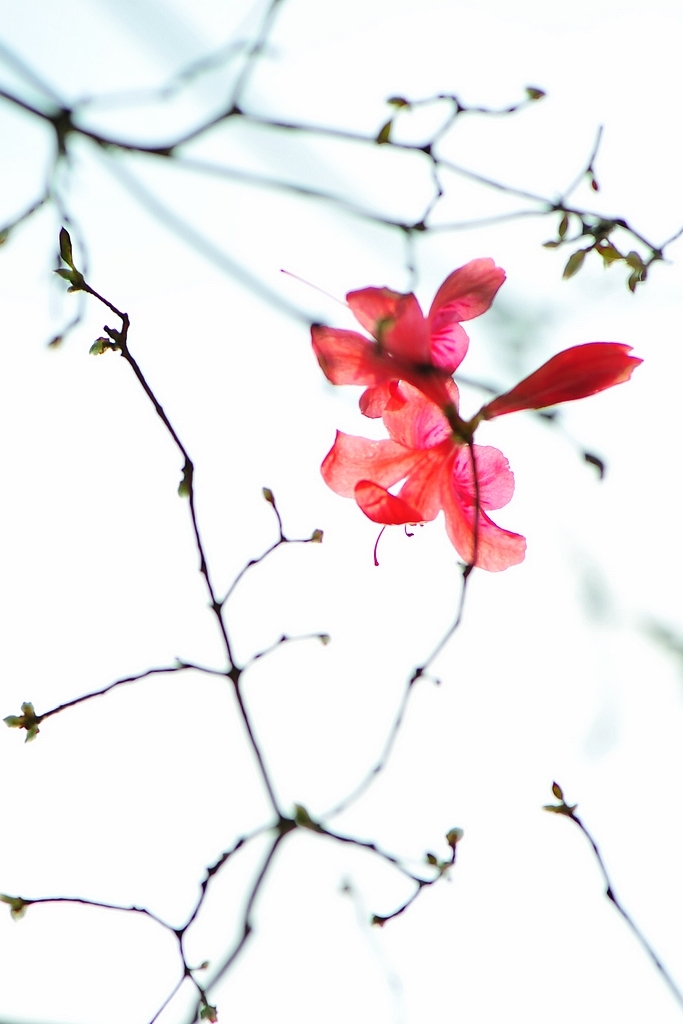
日暮飞鸦集，满山荞麦花。